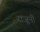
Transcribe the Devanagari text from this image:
राजूनी